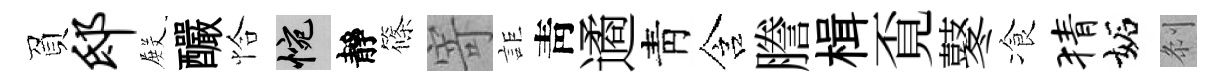
負邸𭮺釅恰惋靜篠寄詎靑遹靑含謄楫覔鼕飡猜妬𠛴